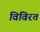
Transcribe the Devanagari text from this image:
विविरत